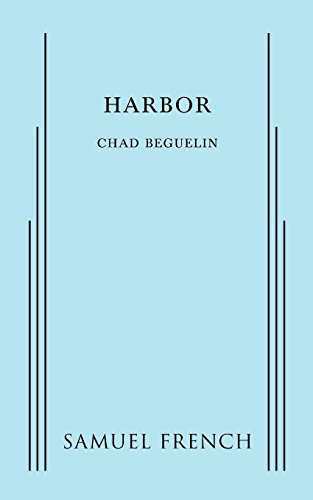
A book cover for Harbor; Chad Beguelin; Literature & Fiction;